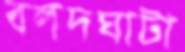
বলদঘাটা